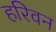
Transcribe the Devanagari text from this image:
हरिवन